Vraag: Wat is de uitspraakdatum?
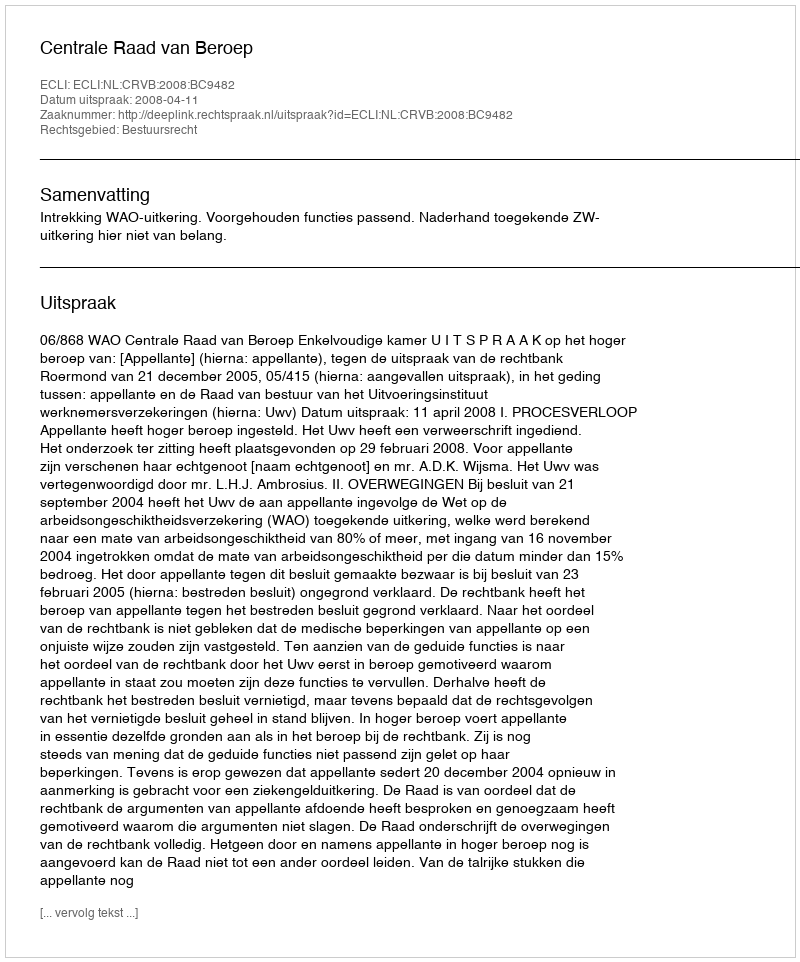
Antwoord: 2008-04-11